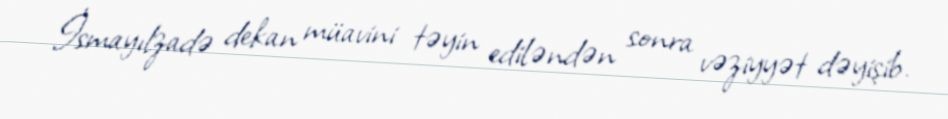
İsmayılzadə dekan müavini təyin ediləndən sonra vəziyyət dəyişib.